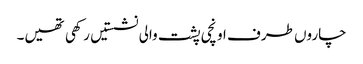
چاروں طرف اونچی پشت والی نشستیں رکھی تھیں۔